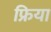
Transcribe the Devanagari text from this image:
फ्रिया